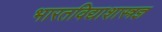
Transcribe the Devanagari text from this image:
भारतविद्याशास्त्रज्ञ